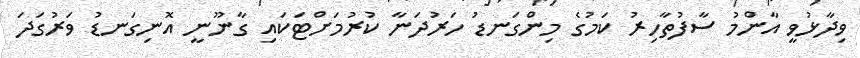
ވިދާޅުވީ އާންމު ސާފުތާހިރު ކަމުގެ މިންގަނޑު ހަރުދަނާ ކުރުމަށްޓަކައި ގާނޫނީ އޮނިގަނޑު ވަރުގަދަ